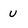
Character: u